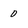
Character: 0